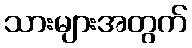
သားများအတွက်